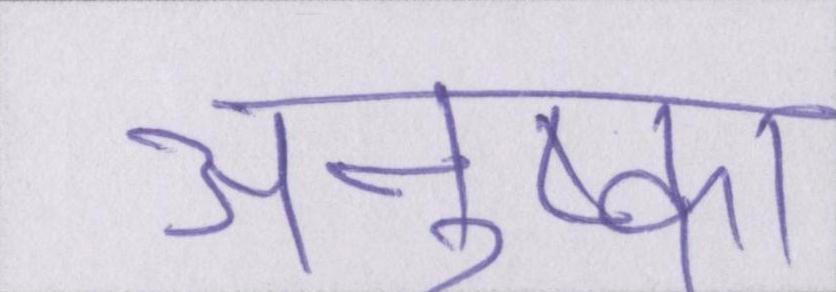
अनुष्का